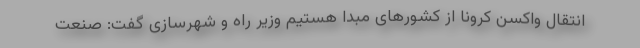
انتقال واکسن کرونا از کشورهای مبدا هستیم وزیر راه و شهرسازی گفت: صنعت